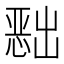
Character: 𭞔